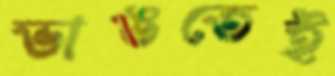
ভাঙতেই